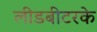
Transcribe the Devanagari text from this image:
लीडबीटरके